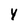
Character: Y